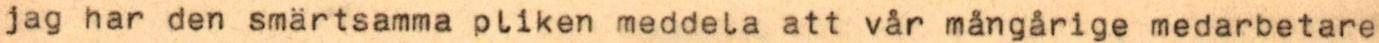
jag har den smärtsamma pliken meddela att vår mångårige medarbetare